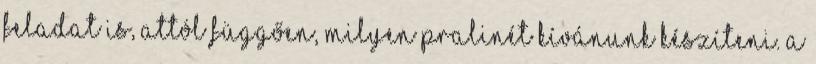
feladat is, attól függően, milyen pralinét kívánunk készíteni. A